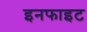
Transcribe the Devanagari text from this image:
इनफाइट